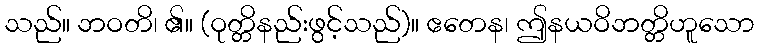
သည်။ ဘဝတိ၊ ၏။ (ဝုတ္တိနည်းဖွင့်သည်)။ ဧတေန၊ ဤနယဝိဘတ္တိဟူသော